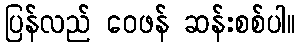
ပြန်လည် ဝေဖန် ဆန်းစစ်ပါ။